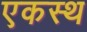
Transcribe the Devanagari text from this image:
एकस्थ